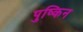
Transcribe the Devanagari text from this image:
पुष्किन